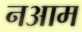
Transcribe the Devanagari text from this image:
नआम